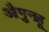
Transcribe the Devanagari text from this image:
औगुनहू